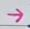
->